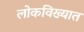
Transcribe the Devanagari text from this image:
लोकविख्यात